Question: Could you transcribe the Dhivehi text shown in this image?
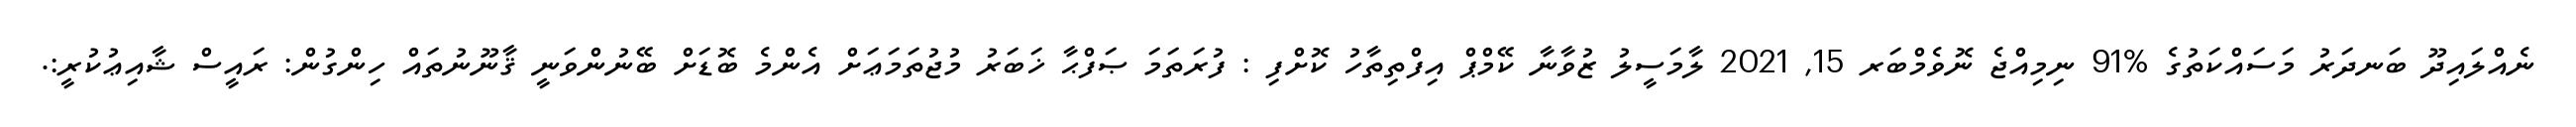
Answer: ނެއްލައިދޫ ބަނދަރު މަސައްކަތުގެ %91 ނިމިއްޖެ ނޮވެމްބަރ 15, 2021 ލާމަސީލު ޒުވާނާ ކޭމްޕް އިފްތިތާހު ކޮށްފި : ފުރަތަމަ ޞަފްޙާ ޚަބަރު މުޖުތަމަޢަށް އެންމެ ބޮޑަށް ބޭނުންވަނީ ޤާނޫނުތައް ހިންގުން: ރައީސް ޝާއިޢުކުރީ:.